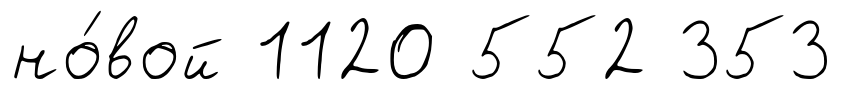
но́вой 1120 552 353